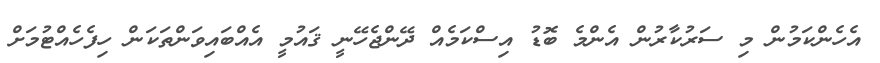
އެހެންކަމުން މި ސަރުކާރުން އެންމެ ބޮޑު އިސްކަމެއް ދޭންޖެހޭނީ ޤައުމީ އެއްބައިވަންތަކަން ހިފެހެއްޓުމަށް